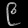
Digit: ၉